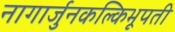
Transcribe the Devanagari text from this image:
नागार्जुनकल्किभूपती